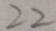
2 2